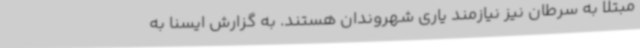
مبتلا به سرطان نیز نیازمند یاری شهروندان هستند. به گزارش ایسنا به